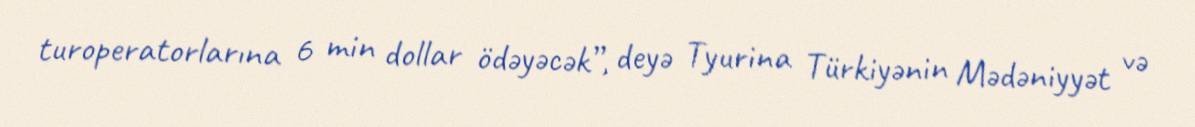
turoperatorlarına 6 min dollar ödəyəcək”, deyə Tyurina Türkiyənin Mədəniyyət və